Report on the working of the Ranchi Indian Mental Hospital, Kanke, in Bihar and Orissa - 1930-1940
Year: 1930
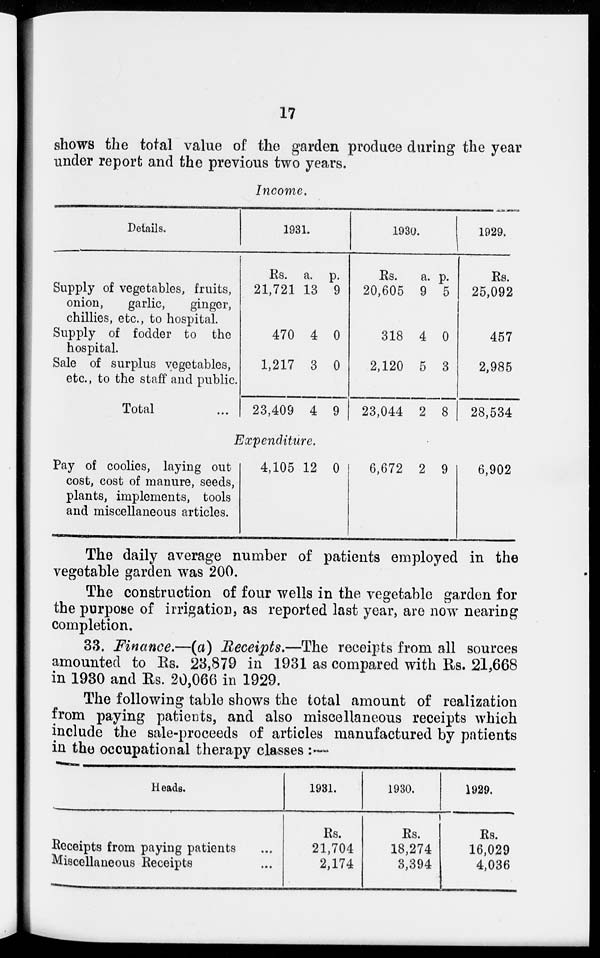
17
shows the total value of the garden produce during the year
under report and the previous two years.
Income.
Details.
Supply of vegetables, fruits,
onion,
garlic,
ginger,
chillies, etc., to hospital.
Supply of fodder to the
hospital.
Sale of surplus vegetables,
etc., to the staff and public.
Total ...
1931.
Rs.
21,721
470
1,217
23,409
a.
13
4
3
4
p.
9
0
0
9
1930.
Rs.
20,605
318
2,120
23,044
a.
9
4
5
2
p.
5
0
3
8
1929.
Rs.
25,092
457
2,985
28,534
Expenditure.
Pay of coolies, laying out
cost, cost of manure, seeds,
plants, implements, tools
and miscellaneous articles.
4,105 12 0
6,672 2 9
6,902
The daily average number of patients employed in the
vegetable garden was 200.
The construction of four wells in the vegetable garden for
the purpose of irrigation, as reported last year, are now nearing
completion.
33. Finance.—(a) Receipts.—The receipts from all sources
amounted to Rs. 23,879 in 1931 as compared with Rs. 21,668
in 1930 and Rs. 20,066 in 1929.
The following table shows the total amount of realization
from paying patients, and also miscellaneous receipts which
include the sale-proceeds of articles manufactured by patients
in the occupational therapy classes :—
Heads.
Receipts from paying patients ...
Miscellaneous Receipts ...
1931.
Rs.
21,704
2,174
1930.
Rs.
18,274
3,394
1929.
Rs.
16,029
4,036